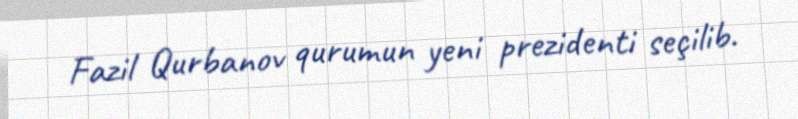
Fazil Qurbanov qurumun yeni prezidenti seçilib.